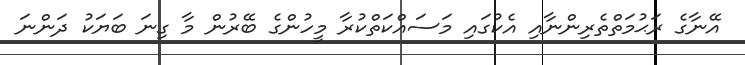
އޭނާގެ ރަޙުމަތްތެރިންނާއި އެކުގައި މަސައްކަތްކުރާ މީހުންގެ ބޭރުން މާ ގިނަ ބަޔަކު ދަންނަ